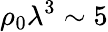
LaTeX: \rho_{0}\lambda^{3}\sim 5